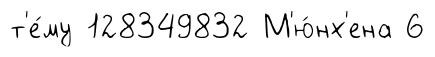
т'е́му 128349832 М'ю́нх'ена 6